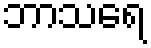
ဘာသရေ